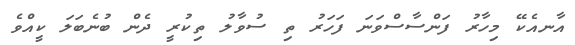
އާނއެކޭ މިހާރު ފަންސާސްވަނަ ފަހަރު ތި ސުވާލު ތިކުރީ ދެން ބުނެބަލަ ކީއްވެ